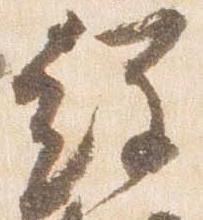
経